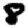
Digit: 8